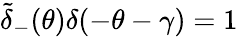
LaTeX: \tilde{\delta}_{-}(\theta)\delta(-\theta-\gamma)=1